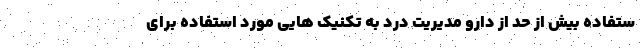
ستفاده بیش از حد از دارو مدیریت درد به تکنیک هایی مورد استفاده برای